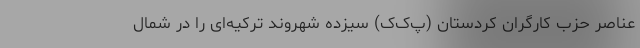
عناصر حزب کارگران کردستان (پ‌ک‌ک) سیزده شهروند ترکیه‌ای را در شمال